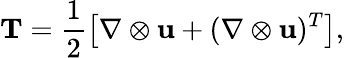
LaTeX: \mathbf{T}=\frac{1}{2}\left[\nabla\otimes\mathbf{u}+(\nabla\otimes\mathbf{u})^{T}\right],